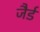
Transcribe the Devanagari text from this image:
जैर्ड